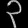
Digit: ၃